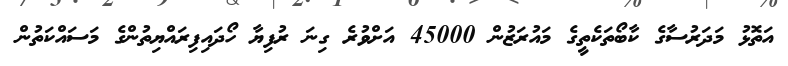
އަތޮޅު މަދަރުސާގެ ކާބޯތަކެތީގެ މައުރަޒުން 45000 އަށްވުރެ ގިނަ ރުފިޔާ ހޯދައިފިރައްޔިތުންގެ މަސައްކަތުން